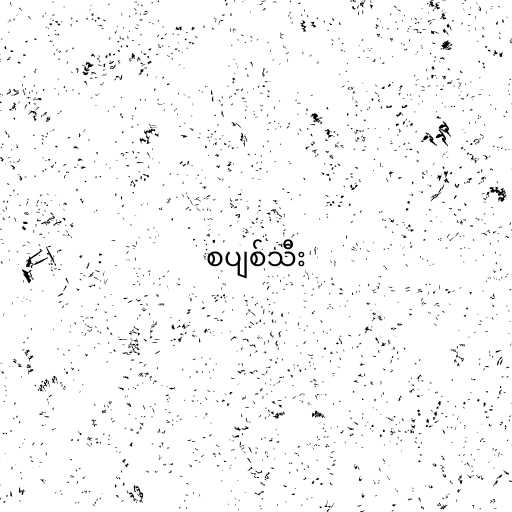
စပျစ်သီး